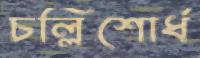
চল্লিশোর্ধ